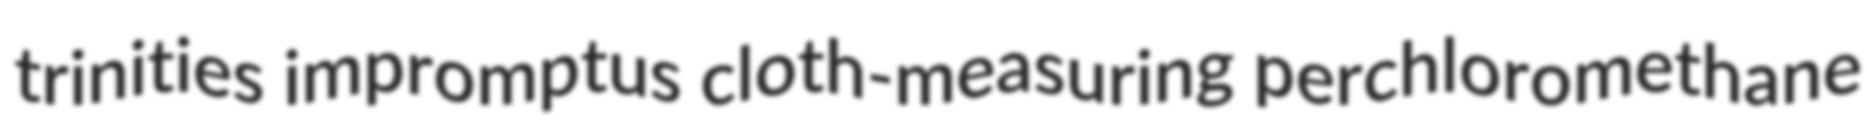
trinities impromptus cloth-measuring perchloromethane